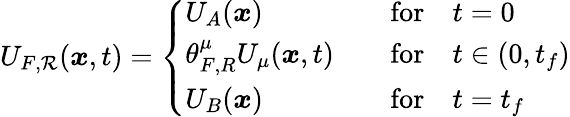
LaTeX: U_{F,\mathcal{R}}({\boldsymbol{\mathit{x}}},t)=\left\{ \begin{array}{ll}{U_{A}({\boldsymbol{x}})}&{\quad\mathrm{for}\quad t=0}\\ {\theta_{F,R}^{\mu}U_{\mu}({\boldsymbol{x}},t)}&{\quad\mathrm{for}\quad t\in(0,t_{f})}\\ {U_{B}({\boldsymbol{x}})}&{\quad\mathrm{for}\quad t=t_{f}}\end{array}\right.